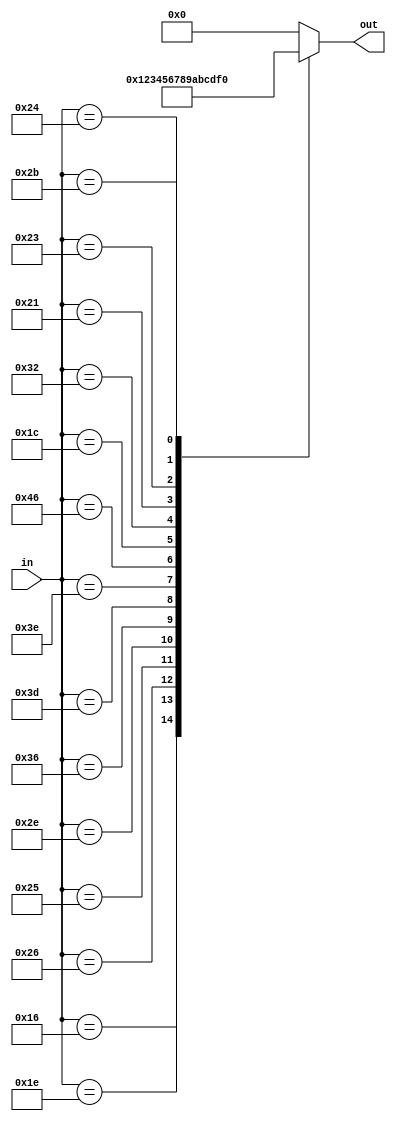
module scantohex(in, out);
  input [7:0] in;
  output [3:0] out;
  reg [3:0] out;

  always @(in)
  case (in)
    8'h45: out=4'h0; //scan code for 0 key on keyboard to hex 0
    8'h16: out=4'h1; //1
    8'h1E: out=4'h2; //2
    8'h26: out=4'h3; //3
    8'h25: out=4'h4; //4
    8'h2E: out=4'h5; //5
    8'h36: out=4'h6; //6
    8'h3D: out=4'h7; //7
    8'h3E: out=4'h8; //8
    8'h46: out=4'h9; //9
    8'h1C: out=4'hA; //A
    8'h32: out=4'hB; //B
    8'h21: out=4'hC; //C
    8'h23: out=4'hD; //D
    8'h24: out=4'hE; //E
    8'h2B: out=4'hF; //F
    default: out=4'h0; //silent error
  endcase

endmodule